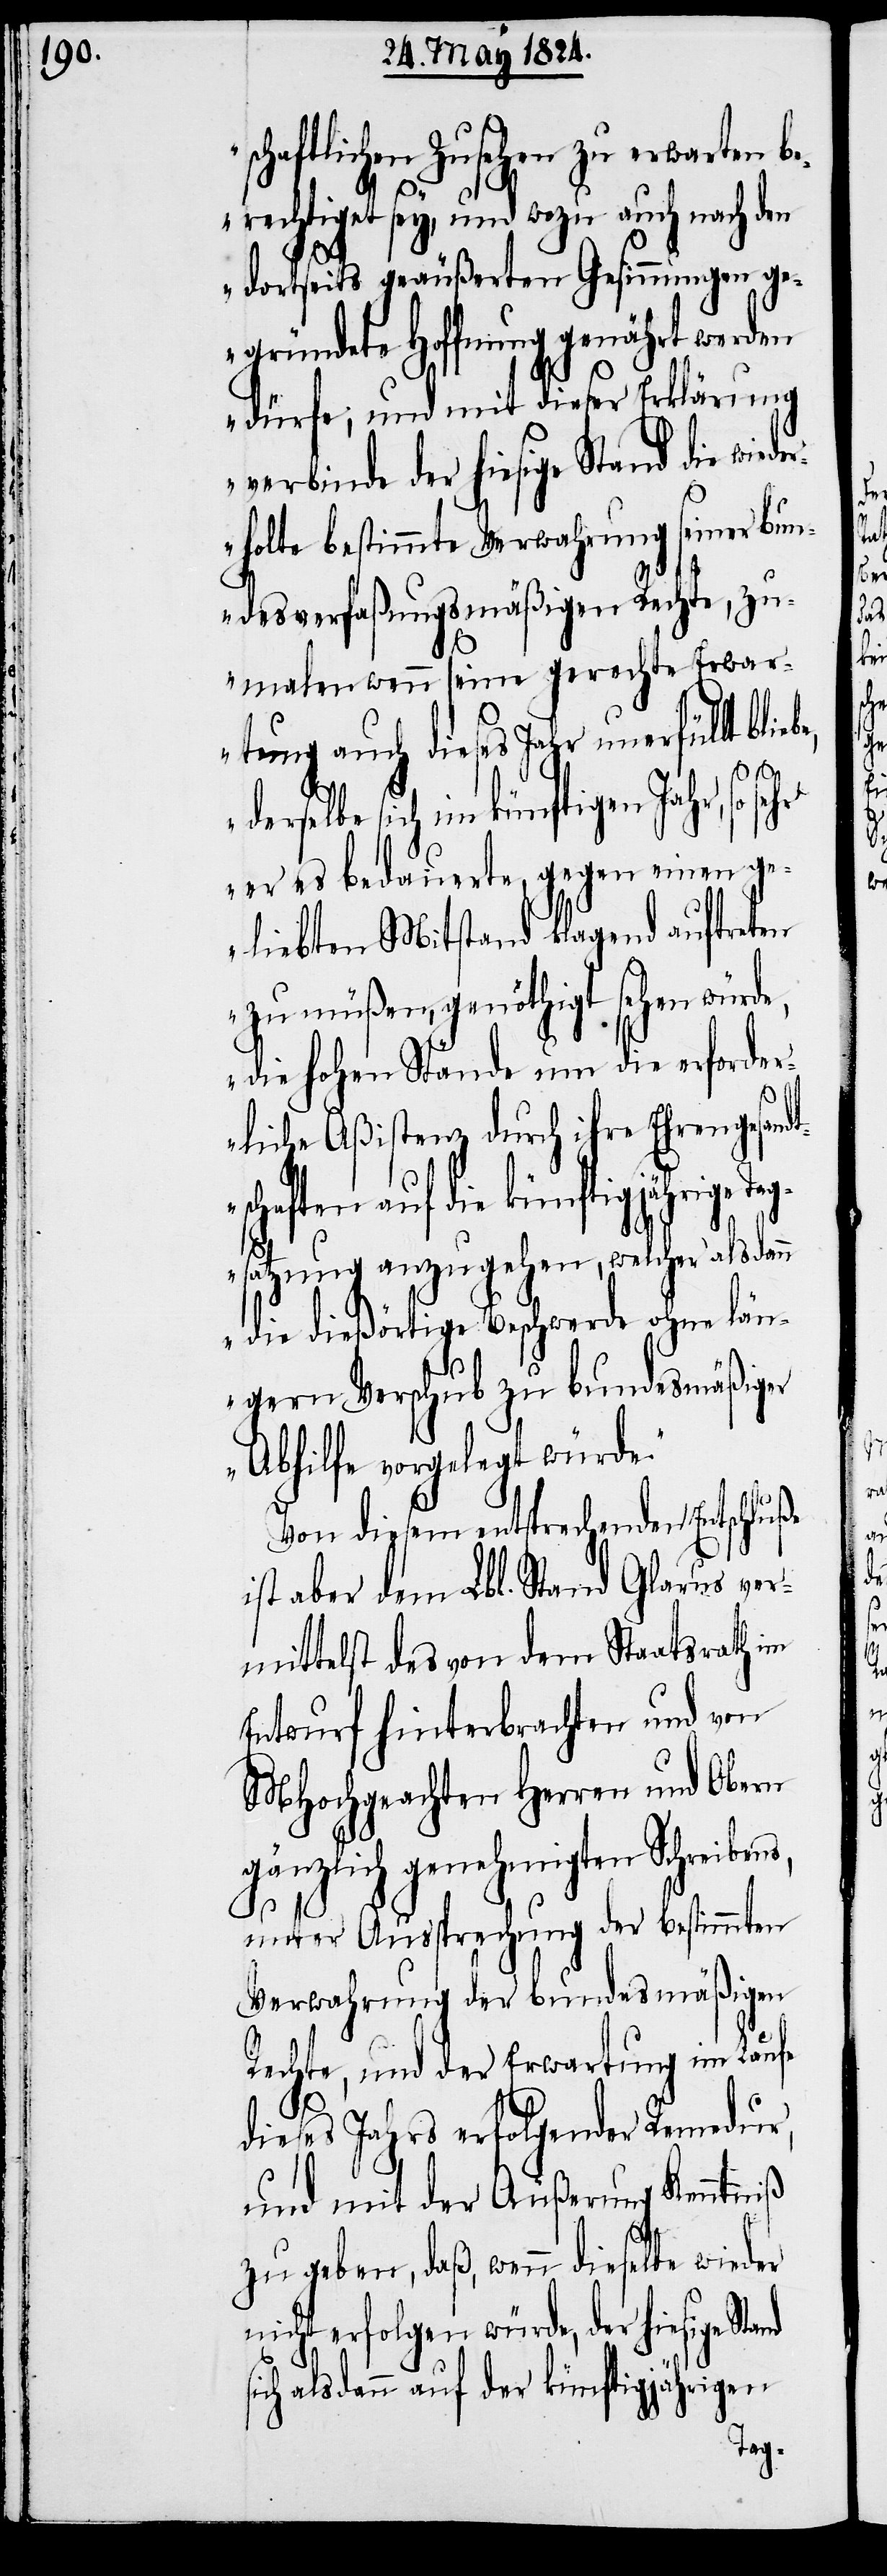
schaftlichen Zusehen zu erwarten be¬
rechtiget sey, und wozu auch nach den
dortseits geäußerten Gesinnungen g¬
egründete Hoffnung genährt werden
dürfe; und mit dieser Erklärung
verbinde der hiesige Stand die wied¬
erholte bestimmte Verwahrung seiner bun¬
desverfaßungsmäßigen Rechte, zu¬
malen wenn seine gerechte Erwar¬
tung auch dieses Jahr unerfüllt blie¬
derselbe sich im künftigen Jahr, so se¬
er es bedauerte, gegen einen ge¬
liebten Mitstand klagend auftreten
zu müßen, genöthigt sehen würde,
die hohen Stände um die erforder¬
liche Aßistenz durch ihre Ehrengesand¬
schaften auf die künftigjährige
satzung anzugehen, welcher alsdan¬
n die dießörtige Beschwerde ohne län¬
gern Verschub zu bundesmäßiger
Abhilfe vorgelegt würde.“
Von diesem entsprechenden Entschluße
ist aber dem Lbl. Stand Glarus ver¬
mittelst des von dem Staatsrath im
Entwurf hinterbrachten und von
MHochgeachten Herren und Obern
gänzlich genehmigten Schreibens,
unter Aussprechung der bestimmten
Verwahrung der bundesmäßigen
Rechte, und der Erwartung im Laufe
dieses Jahrs erfolgender Remedur,
und mit der Äußerung Kenntniß
zu geben, daß, wenn dieselbe wieder
nicht erfolgen würde, der hiesige
sich alsdann auf der künftigjährigen
Tag¬

t¬